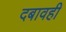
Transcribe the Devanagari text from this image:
दबावही